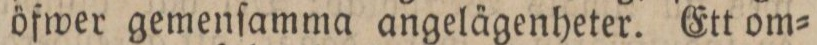
öfwer gemenſamma angelägenheter. Ett om=